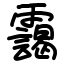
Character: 靄